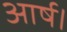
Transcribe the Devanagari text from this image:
आर्ष।